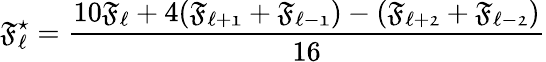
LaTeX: \mathfrak{F_{\ell}^{\star}}=\frac{10\mathfrak{F_{\ell}}+4(\mathfrak{F_{\ell+1}}+\mathfrak{F_{\ell-1}})-(\mathfrak{F_{\ell+2}}+\mathfrak{F_{\ell-2}})}{16}